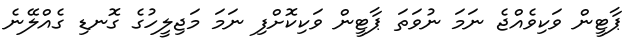
ޕާޓީން ވަކިވެއްޖެ ނަމަ ނުވަތަ ޕާޓީން ވަކިކޮށްފި ނަމަ މަޖިލީހުގެ ގޮނޑި ގެއްލޭނެ